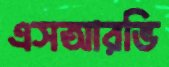
এসআরভি